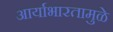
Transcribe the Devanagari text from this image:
आर्याभारतामुळे